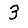
Digit: 3